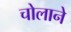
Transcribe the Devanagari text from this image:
चोलाने